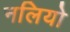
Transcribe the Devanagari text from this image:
नलियो